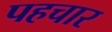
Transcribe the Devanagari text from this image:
पहचार